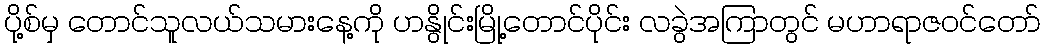
ပို့စ်မှ တောင်သူလယ်သမားနေ့ကို ဟနွိုင်းမြို့တောင်ပိုင်း လခွဲအကြာတွင် မဟာရာဇဝင်တော်